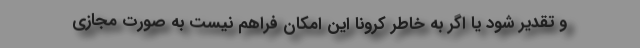
و تقدیر شود یا اگر به خاطر کرونا این امکان فراهم نیست به صورت مجازی